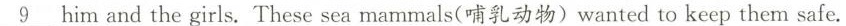
\underline{9}him and the girls. These sea mammals(哺乳动物)wanted to keep them safe.